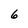
Character: 6